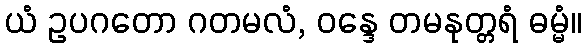
ယံ ဥပဂတော ဂတမလံ, ဝန္ဒေ တမနုတ္တရံ ဓမ္မံ။